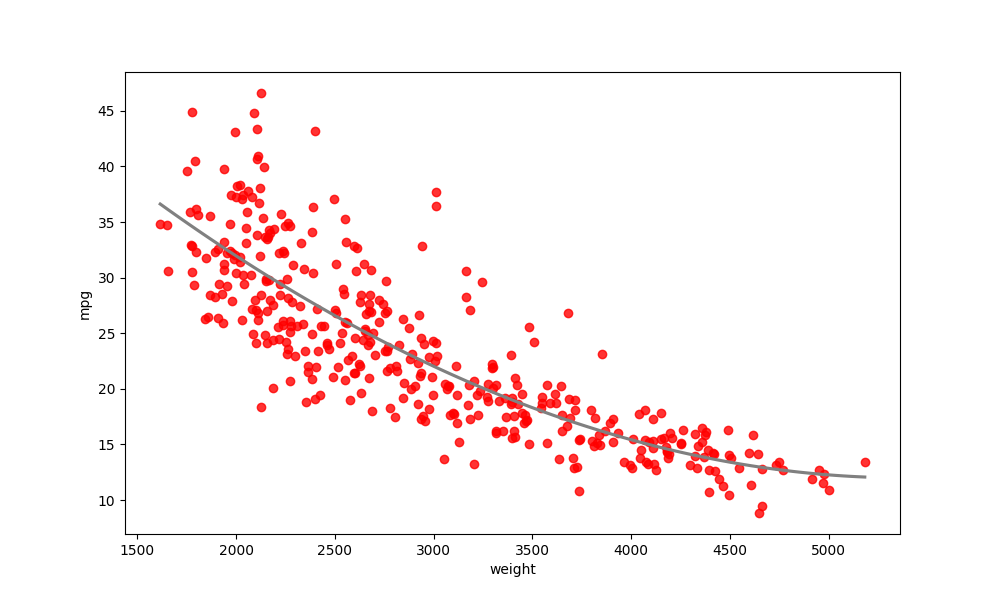
python, seaborn, regplot, order=3, ci=None, scatter_color=red, line_color=gray